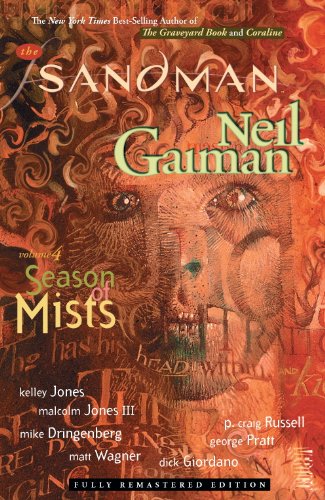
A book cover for The Sandman, Vol. 4: Season of Mists; Neil Gaiman; Comics & Graphic Novels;